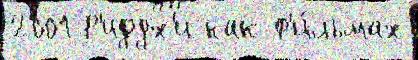
2001 Р'иддх'и как ф'и́льмах